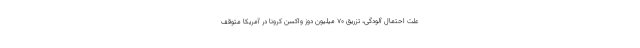
علت احتمال آلودگی، تزریق ۷۰ میلیون دوز واکسن کرونا در آمریکا متوقف